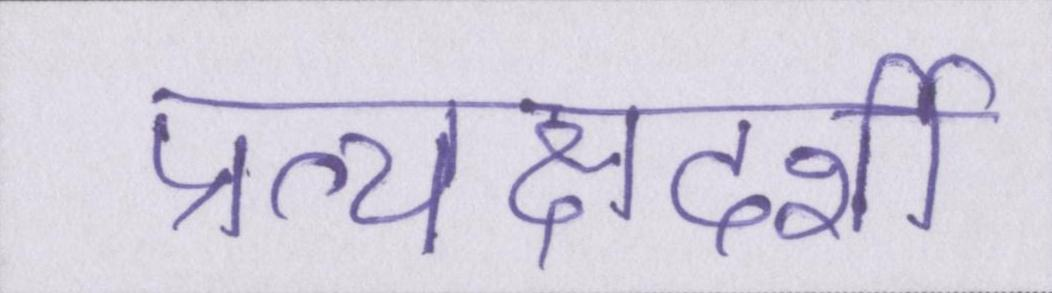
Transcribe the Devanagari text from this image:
प्रत्यक्षदर्शी